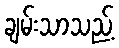
ချမ်းသာသည့်